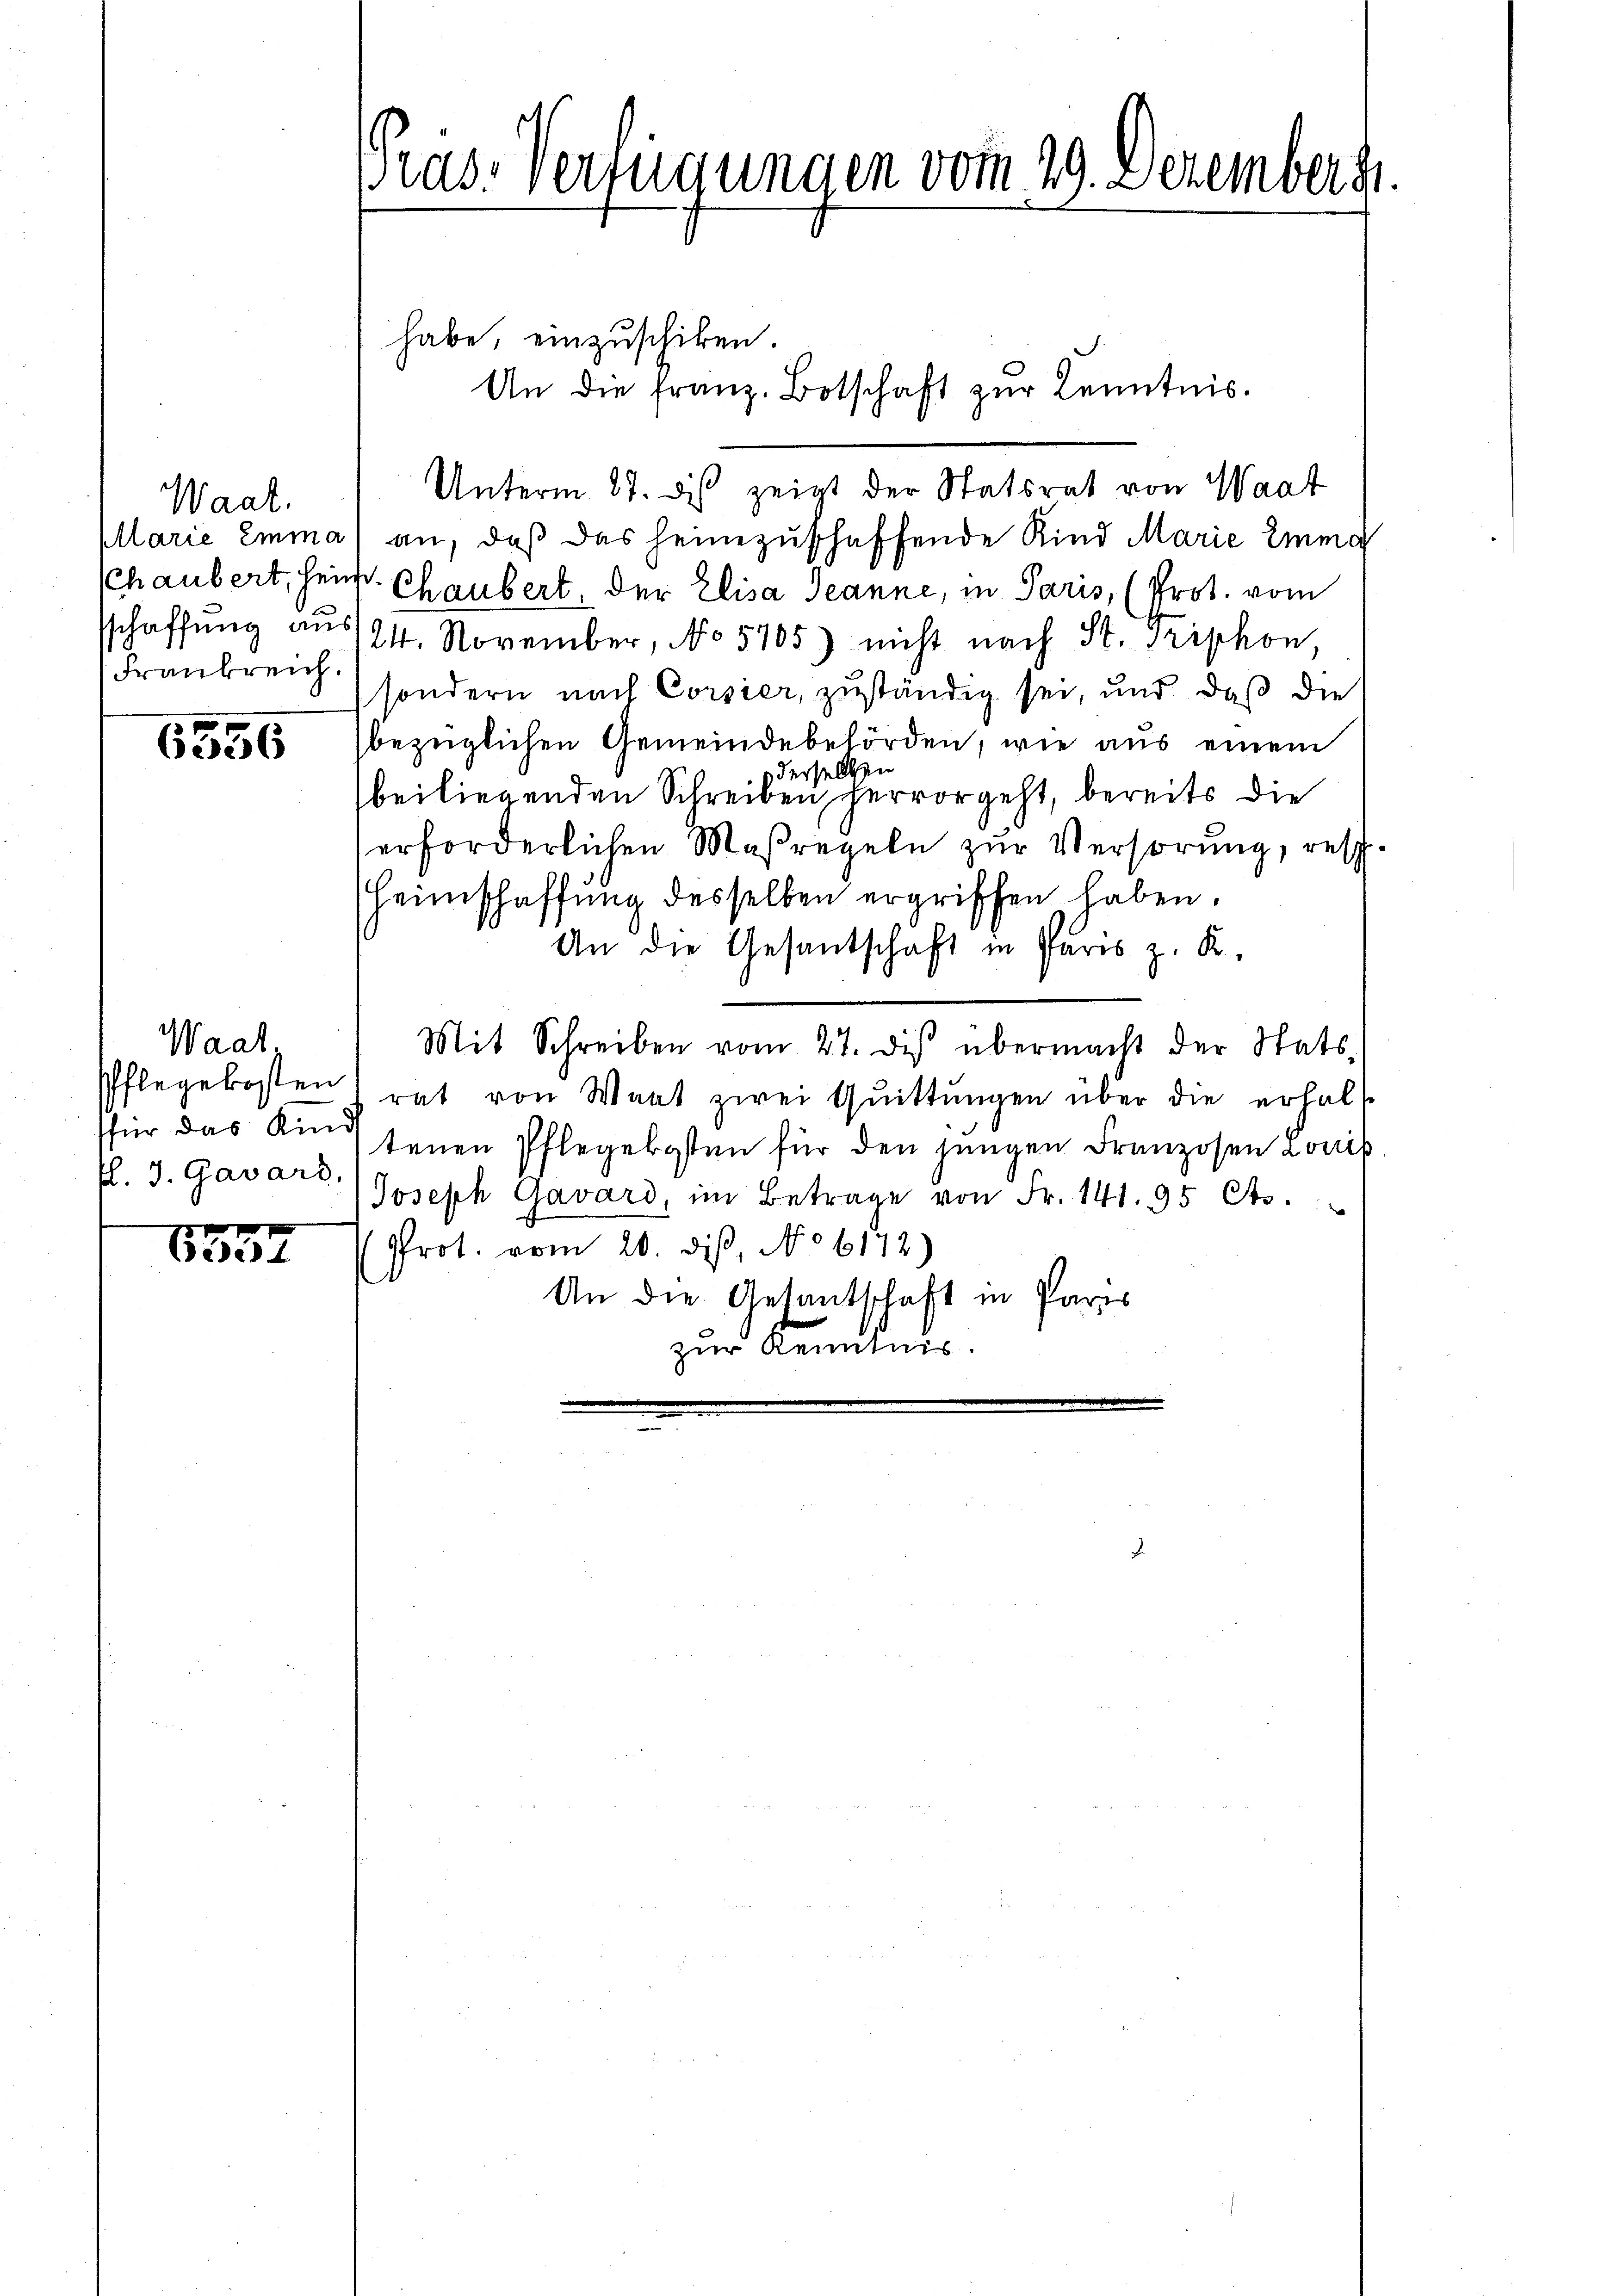
Waat.
llarie Emma
sschaffung aus
Frankreich.

6556

Waat.
sfür das Kinds
fl. J. Gavard,

6557

as, verfügungen vom 29. Dezember 1

habe, einzuschiken.
An die franz. Botschaft zur Kenntnis.
Unterm 27. ds zeigt der Statsrat von Waat
) an, daß das heimzuschaffende Kind Marie Eing
schaubert, heim Chaubert, der Elisa Jeanne, in Paris, (Prot. vom
124. November, No 5705) nicht nach St. Griphon,
sondern nach Corsier, zuständig sei, und daß die
bezüglichen Gemeindebehörden, wie aus einem
derselben
beiliegenden Schreiben hervorgeht, bereits die
erforderlichen Maßregeln zur Verhörung, resp.
Heimschaffung desselben ergriffen haben.
An die Gesantschaft in Paris z. R.
Mit Schreiben vom 27. dis übermacht der Stats-
Pflegekosten) rat von Wart zwei Quittungen über die erhalt
tenen Pflegekosten für den jungen Franzosen Louis
Joseph Gavard, im Betrage von Fr. 141. 95 Cts.
Prot. vom 20. dis, No 6172)
An die Gesantschaft in Paris
zur Kenntnis.